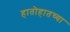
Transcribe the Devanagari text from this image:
हातोहातच्या